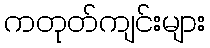
ကတုတ်ကျင်းများ